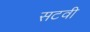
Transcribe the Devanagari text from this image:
सटवी